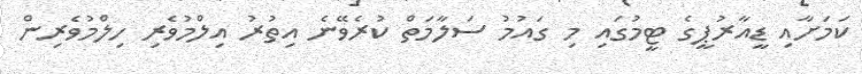
ކަމަށާއި ޑީއާރުޕީގެ ޓީމުގައި މި ގައުމު ސަލާމަތް ކުރެވޭނެ އިތުރު އިލްމުވެރި ހިލްމުވެރިން